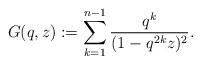
LaTeX: \begin{align*}G(q,z):=\sum_{k=1}^{n-1}\frac{q^{k}}{(1-q^{2k}z)^2}.\end{align*}